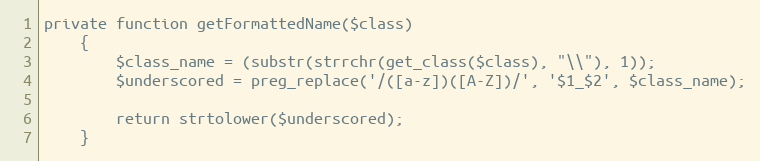
Language: PHP
private function getFormattedName($class)
    {
        $class_name = (substr(strrchr(get_class($class), "\\"), 1));
        $underscored = preg_replace('/([a-z])([A-Z])/', '$1_$2', $class_name);

        return strtolower($underscored);
    }